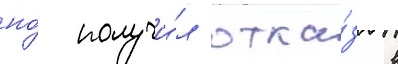
но́ получи́л отка́з в